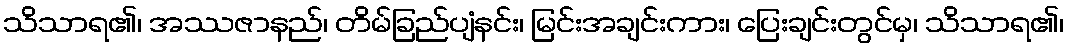
သိသာရ၏၊ အဿဇာနည်၊ တိမ်ခြည်ပျံနင်း၊ မြင်းအချင်းကား၊ ပြေးချင်းတွင်မှ၊ သိသာရ၏၊